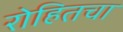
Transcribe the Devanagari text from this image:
रोहितचा